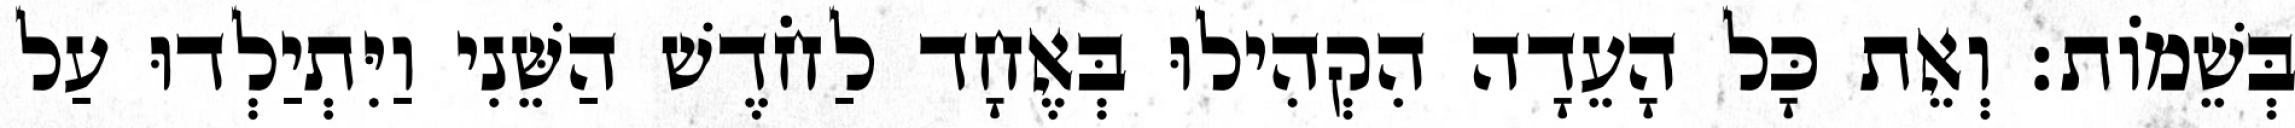
בְּשֵׁמוֹת׃ וְאֵת כָּל הָעֵדָה הִקְהִילוּ בְּאֶחָד לַחֹדֶשׁ הַשֵּׁנִי וַיִּתְיַלְדוּ עַל